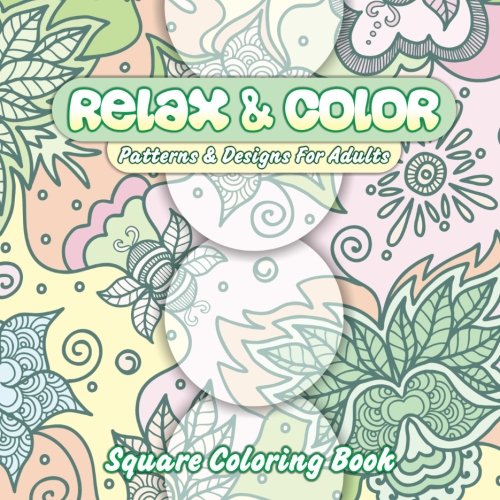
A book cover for Relax & Color Patterns & Designs For Adults Square Coloring Book (Beautiful Patterns & Designs Adult Coloring Books) (Volume 35); Lilt Kids Coloring Books; Self-Help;